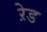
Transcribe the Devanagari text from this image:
ऱेड